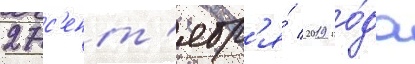
27 с'ент'ябр'я́ 2019 го́да